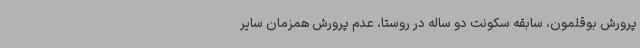
پرورش بوقلمون، سابقه سکونت دو ساله در روستا، عدم پرورش همزمان سایر